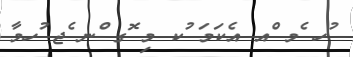
ުހ ެމ ްއ އެކަމަ ުކ މި ޮގ ްނ ެޖ ުހމާ